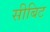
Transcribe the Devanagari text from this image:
सीबिट